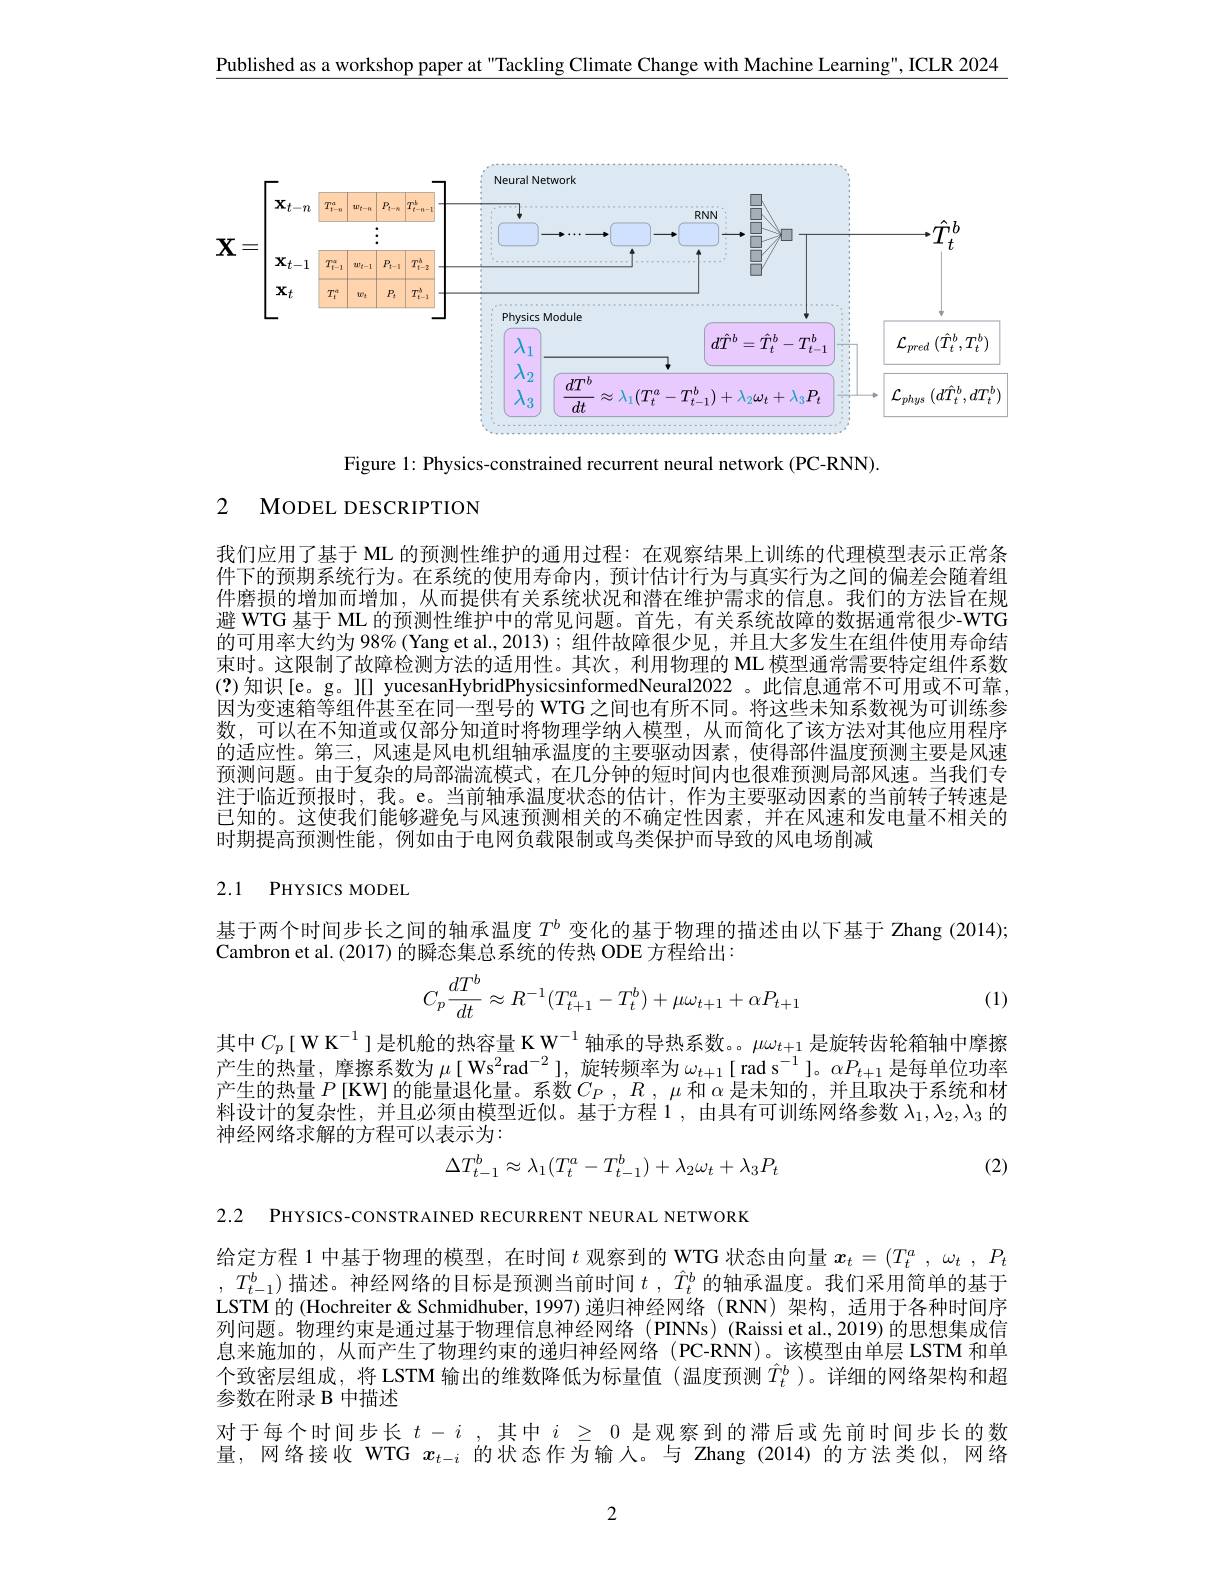
Published as a workshop paper at "Tackling Climate Change with Machine Learning", ICLR 2024

<FigureHere>

Figure 1: Physics-constrained recurrent neural network (PC-RNN).

# 2 MODEL DESCRIPTION

我们应用了基于 ML 的预测性维护的通用过程：在观察结果上训练的代理模型表示正常条件下的预期系统行为。在系统的使用寿命内，预计估计行为与真实行为之间的偏差会随着组件磨损的增加而增加，从而提供有关系统状况和潜在维护需求的信息。我们的方法旨在规避 WTG 基于 ML 的预测性维护中的常见问题。首先，有关系统故障的数据通常很少-WTG 的可用率大约为 98% (Yang et al.,2013);组件故障很少见，并且大多发生在组件使用寿命结束时。这限制了故障检测方法的适用性。其次，利用物理的 ML 模型通常需要特定组件系数(?)知识[e。g。II] yucesanHybridPhysicsinformedNeural2022 。此信息通常不可用或不可靠， 因为变速箱等组件甚至在同一型号的 WTG 之间也有所不同。将这些未知系数视为可训练参数，可以在不知道或仅部分知道时将物理学纳人模型，从而简化了该方法对其他应用程序的适应性。第三，风速是风电机组轴承温度的主要驱动因素，使得部件温度预测主要是风速预测问题。由于复杂的局部湍流模式，在几分钟的短时间内也很难预测局部风速。当我们专注于临近预报时，我。e。当前轴承温度状态的估计，作为主要驱动因素的当前转子转速是已知的。这使我们能够避免与风速预测相关的不确定性因素，并在风速和发电量不相关的时期提高预测性能，例如由于电网负载限制或鸟类保护而导致的风电场削减

# 2.1 PHYSICS MODEL

基于两个时间步长之间的轴承温度$T^b$变化的基于物理的描述由以下基于 Zhang (2014);
Cambron et al. (2017) 的瞬态集总系统的传热 ODE 方程给出：
$$C_{p}\frac{dT^{b}}{dt}\approx R^{-1}(T_{t+1}^{a}-T_{t}^{b})+\mu\omega_{t+1}+\alpha P_{t+1}$$
(1)

其中$C_p\left[\mathrm{WK}^{-1}\right]$是机舱的热容量 K W$^{-1}$ 轴承的导热系数。$\mu\omega_{t+1}$ 是旋转齿轮箱轴中摩擦产生的热量，摩擦系数为$\mu[\text{Ws}^2$rad$^- 2] , \textit{旋 转 频 率 为 }\omega _{t+ 1}[$ rad s$^-1]$。$\alpha P_t+1$是每单位功率产生的热量$P$[KW]的能量退化量。系数$C_P,R,\mu$和$\alpha$是未知的，并且取决于系统和材料设计的复杂性，并且必须由模型近似。基于方程1，由具有可训练网络参数$\lambda_1,\lambda_2,\lambda_3$的神经网络求解的方程可以表示为：
$$\Delta T_{t-1}^{b}\approx\lambda_{1}(T_{t}^{a}-T_{t-1}^{b})+\lambda_{2}\omega_{t}+\lambda_{3}P_{t}$$
(2)

2.2 PHYSICS-CONSTRAINED RECURRENT NEURAL NETWORK

给定方程 1 中基于物理的模型，在时间$t$观察到的 WTG 状态由向量$x_t=(T_t^a,\omega_t,P_t$ ,$T_{t-1}^b$)描述。神经网络的目标是预测当前时间$t\mathrm{~,~\hat{T}_t}^b$的轴承温度。我们采用简单的基于

LSTM 的 (Hochreiter & Schmidhuber, 1997) 递归神经网络 (RNN)架构，适用于各种时间序列问题。物理约束是通过基于物理信息神经网络(PINNs)(Raissi et al., 2019) 的思想集成信息来施加的，从而产生了物理约束的递归神经网络(PC-RNN)。该模型由单层 LSTM 和单个致密层组成，将 LSTM 输出的维数降低为标量值 (温度预测$\hat{T}_t^b$ )。详细的网络架构和超参数在附录 B 中描述
对于每个时间步长$t-i$ ,其中 $i\geq0$ 是观察到的滞后或先前时间步长的数量，网络接收 WTG $x_t-i$的状态作为输入。与 Zhang (2014)的方法类似，网络

2